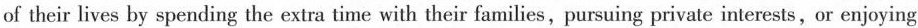
of their lives by spending the extra time with their families,pursuing private interests,or enjoying